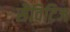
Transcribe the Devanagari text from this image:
सैविटिज